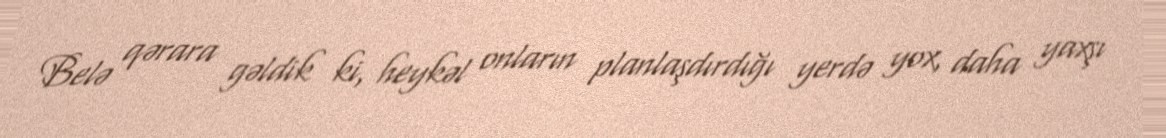
Belə qərara gəldik ki, heykəl onların planlaşdırdığı yerdə yox, daha yaxşı